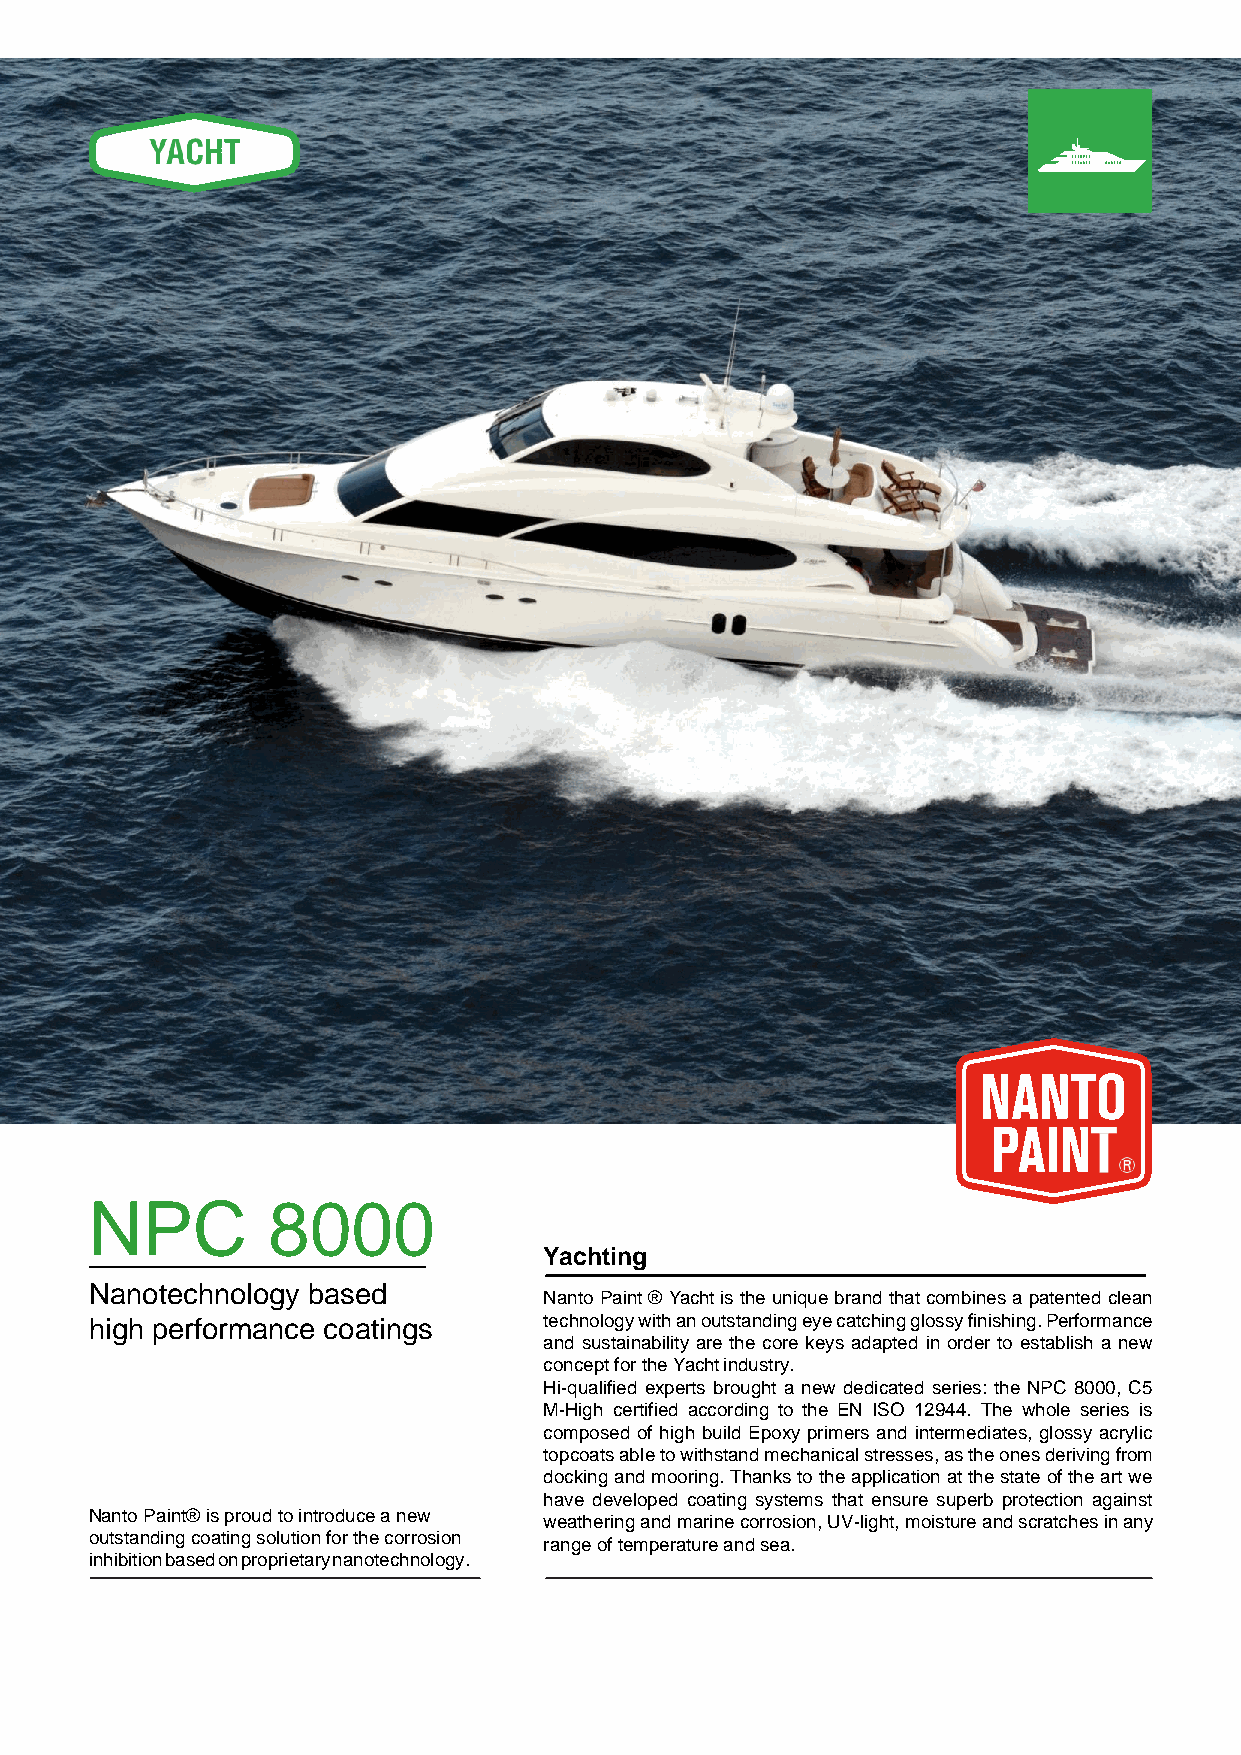
NPC         8000
 Yachting
 Nanotechnology based
 Nanto Paint ® Yacht is the unique brand that combines a patented clean
 high performance coatings     technology with an outstanding eye catching glossy finishing. Performance
 and sustainability are the core keys adapted in order to establish a new
 concept for the Yacht industry.
 Hi-qualified experts brought a new dedicated series: the NPC 8000, C5
 M-High certified according to the EN ISO 12944. The whole series is
 composed of high build Epoxy primers and intermediates, glossy acrylic
 topcoats able to withstand mechanical stresses, as the ones deriving from
 docking and mooring. Thanks to the application at the state of the art we
 have developed coating systems that ensure superb protection against
 Nanto Paint® is proud to introduce a new
 weathering and marine corrosion, UV-light, moisture and scratches in any
 outstanding coating solution for the corrosion
 range of temperature and sea.
 inhibition based on proprietary nanotechnology.